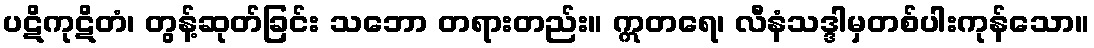
ပဋိကုဋိတံ၊ တွန့်ဆုတ်ခြင်း သဘော တရားတည်း။ ဣတရေ၊ လီနံသဒ္ဒါမှတစ်ပါးကုန်သော။